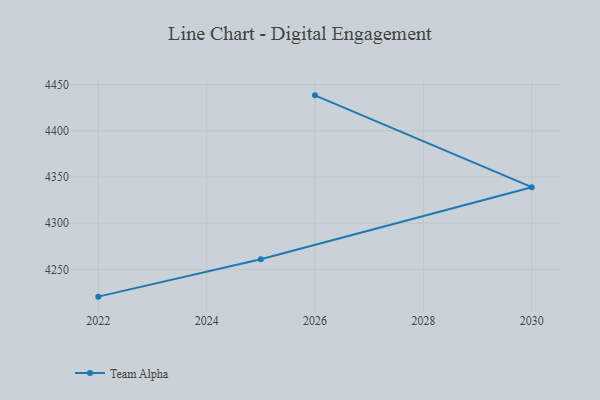
{"axis": {"x": "Year", "y": "Satisfaction Score"}, "legend": ["Team Alpha"], "data": [{"x": "2026", "y": 4438.4, "type": "Team Alpha"}, {"x": "2030", "y": 4339.0, "type": "Team Alpha"}, {"x": "2025", "y": 4261.0, "type": "Team Alpha"}, {"x": "2022", "y": 4220.5, "type": "Team Alpha"}]}